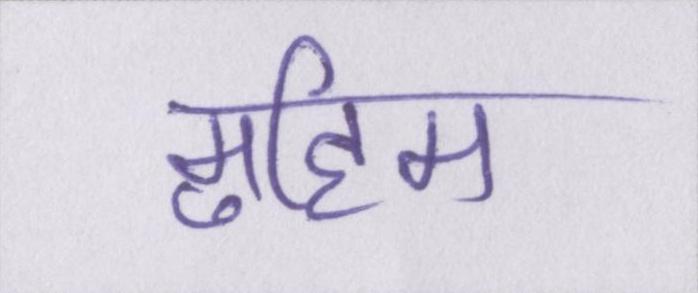
मुहिम